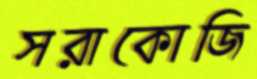
সরাকোজি